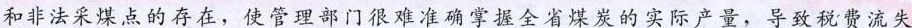
和非法采煤点的存在，使管理部门很难准确掌握全省煤炭的实际产量，导致税费流失